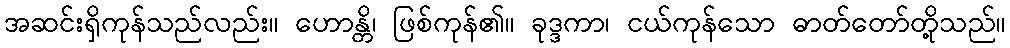
အဆင်းရှိကုန်သည်လည်း။ ဟောန္တိ၊ ဖြစ်ကုန်၏။ ခုဒ္ဒကာ၊ ငယ်ကုန်သော ဓာတ်တော်တို့သည်။